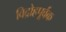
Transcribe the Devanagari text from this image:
विद्रोहपूर्वक